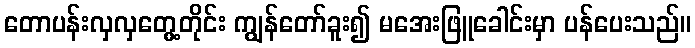
တောပန်းလှလှတွေ့တိုင်း ကျွန်တော်ခူး၍ မအေးဖြူခေါင်းမှာ ပန်ပေးသည်။